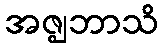
အဇ္ဈဘာသိ